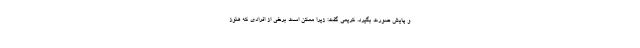
و پایش صورت بگیرد. کریمی گفت: زیرا ممکن است برخی از افرادی که هنوز